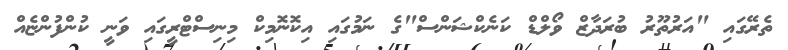
ތެރޭގައި "އަރުތޫރު ބުރަދާޒް ވޯލްޑް ކަނެކްޝަންސް"ގެ ނަމުގައި އިކޮނޮމިކް މިނިސްޓްރީގައި ވަނީ ކުންފުންޏެއް